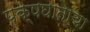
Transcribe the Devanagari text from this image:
पक्षघाताचा